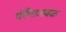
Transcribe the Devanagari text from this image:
पॅरीसजवळ